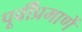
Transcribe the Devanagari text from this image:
पूर्वींप्रमाणें